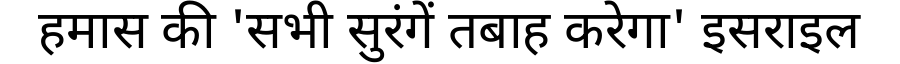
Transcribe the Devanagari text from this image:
हमास की 'सभी सुरंगें तबाह करेगा' इसराइल